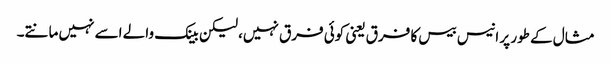
مثال کے طور پر انیس بیس کا فرق یعنی کوئی فرق نہیں، لیکن بینک والے اسے نہیں مانتے۔